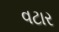
વટાર